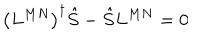
\left( L ^ { M N } \right) ^ { \dagger } \hat { S } - \hat { S } L ^ { M N } = 0